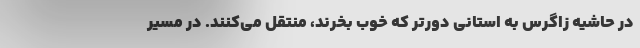
در حاشیه زاگرس به استانی دورتر که خوب بخرند، منتقل می‌کنند. در مسیر